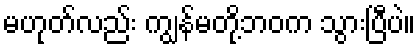
မဟုတ်လည်း ကျွန်မတို့ဘဝက သွားပြီပဲ။